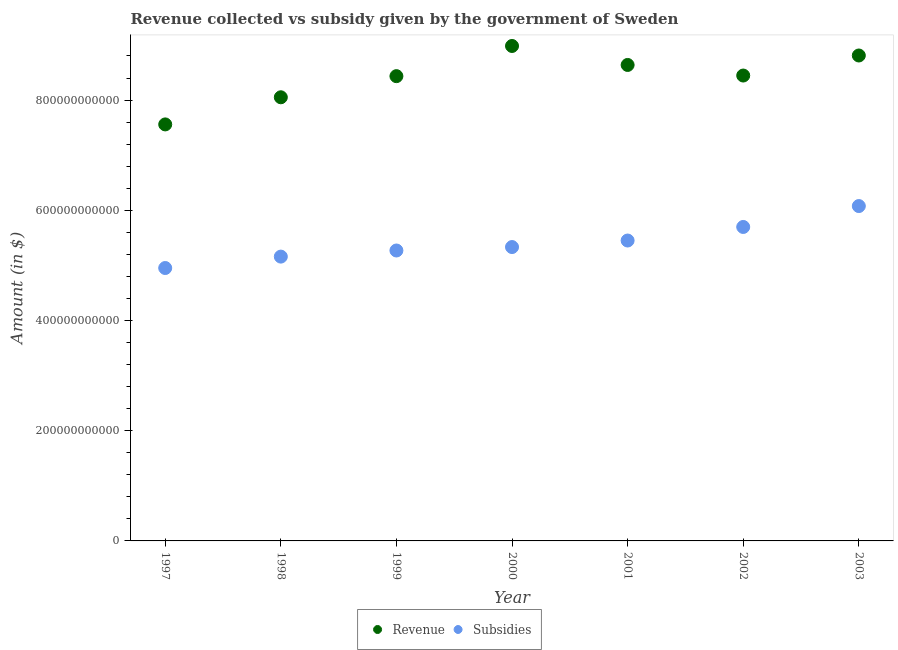
| Year | Revenue | Subsidies |
 | --- | --- | --- |
 | 1997 | 7.56e+11 | 4.95e+11 |
 | 1998 | 8.05e+11 | 5.16e+11 |
 | 1999 | 8.43e+11 | 5.27e+11 |
 | 2000 | 8.98e+11 | 5.33e+11 |
 | 2001 | 8.64e+11 | 5.45e+11 |
 | 2002 | 8.45e+11 | 5.7e+11 |
 | 2003 | 8.81e+11 | 6.08e+11 |